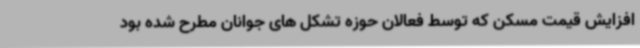
افزایش قیمت مسکن که توسط فعالان حوزه تشکل های جوانان مطرح شده بود